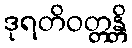
ဒုရတိဝတ္တန္တိ